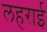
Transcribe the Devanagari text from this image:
लहराई